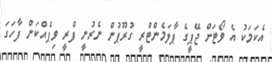
އެކަމަކު އެ ވޯޓަށް ޖޭޕީގެ ޕާލަމެންޓްރީ ގުރޫޕުން ނެރުނީ ފްރީ ވިޕެއްކަން ފާހަގަ